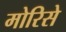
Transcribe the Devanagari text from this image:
मोरिसे